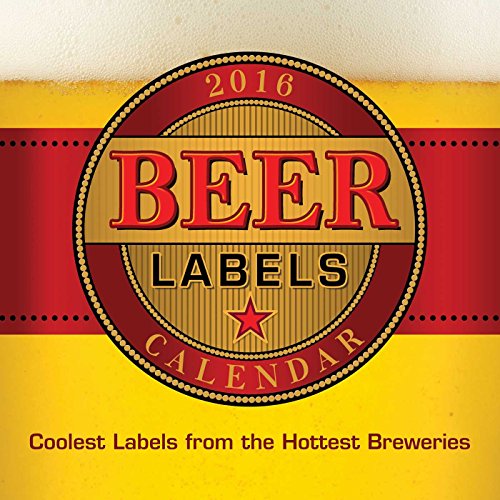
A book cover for Beer Labels 2016 Wall Calendar; Andrews McMeel Publishing LLC; Calendars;